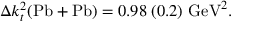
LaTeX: \Delta k _ { t } ^ { 2 } ( \mathrm { P b + P b } ) = 0 . 9 8 \; ( 0 . 2 ) \mathrm { ~ G e V } ^ { 2 } .